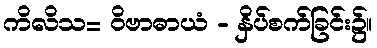
ကိလိသ= ဝိဗာဓာယံ - နှိပ်စက်ခြင်း၌။